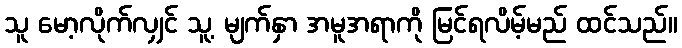
သူ မော့လိုက်လျှင် သူ့ မျက်နှာ အမူအရာကို မြင်ရလိမ့်မည် ထင်သည်။